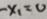
- x _ { 1 } = 0